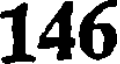
146